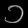
Digit: ၁